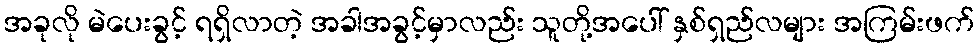
အခုလို မဲပေးခွင့် ရရှိလာတဲ့ အခါအခွင့်မှာလည်း သူတို့အပေါ် နှစ်ရှည်လများ အကြမ်းဖက်